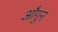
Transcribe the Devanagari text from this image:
औगुन